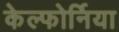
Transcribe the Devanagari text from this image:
केल्फोर्निया